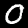
Digit: 0